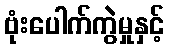
ဗုံးပေါက်ကွဲမှုနှင့်